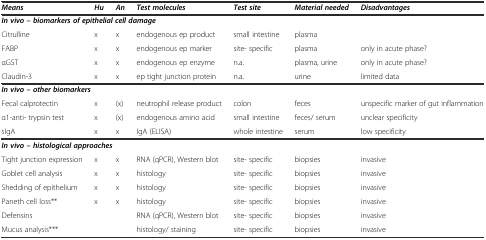
<table><thead><tr><td><b><i>Means</i></b></td><td><b><i>Hu</i></b></td><td><b><i>An</i></b></td><td><b><i>Test molecules</i></b></td><td><b><i>Test site</i></b></td><td><b><i>Material needed</i></b></td><td><b><i>Disadvantages</i></b></td></tr></thead><tbody><tr><td colspan="7"><b><i>In vivo – biomarkers of epithelial cell damage</i></b></td></tr><tr><td>Citrulline</td><td>x</td><td>x</td><td>endogenous ep product</td><td>small intestine</td><td>plasma</td><td></td></tr><tr><td>FABP</td><td>x</td><td>x</td><td>endogenous ep marker</td><td>site- specific</td><td>plasma</td><td>only in acute phase?</td></tr><tr><td>αGST</td><td>x</td><td>x</td><td>endogenous ep enzyme</td><td>n.a.</td><td>plasma, urine</td><td>only in acute phase?</td></tr><tr><td>Claudin-3</td><td>x</td><td>x</td><td>ep tight junction protein</td><td>n.a.</td><td>urine</td><td>limited data</td></tr><tr><td colspan="7"><b><i>In vivo – other biomarkers</i></b></td></tr><tr><td>Fecal calprotectin</td><td>x</td><td>(x)</td><td>neutrophil release product</td><td>colon</td><td>feces</td><td>unspecific marker of gut inflammation</td></tr><tr><td>α1-anti- trypsin test</td><td>x</td><td>(x)</td><td>endogenous amino acid</td><td>small intestine</td><td>feces/ serum</td><td>unclear specificity</td></tr><tr><td>sIgA</td><td>x</td><td>x</td><td>IgA (ELISA)</td><td>whole intestine</td><td>serum</td><td>low specificity</td></tr><tr><td colspan="7"><b><i>In vivo – histological approaches</i></b></td></tr><tr><td>Tight junction expression</td><td>x</td><td>x</td><td>RNA (qPCR), Western blot</td><td>site- specific</td><td>biopsies</td><td>invasive</td></tr><tr><td>Goblet cell analysis</td><td>x</td><td>x</td><td>histology</td><td>site- specific</td><td>biopsies</td><td>invasive</td></tr><tr><td>Shedding of epithelium</td><td>x</td><td>x</td><td>histology</td><td>site- specific</td><td>biopsies</td><td>invasive</td></tr><tr><td>Paneth cell loss**</td><td>x</td><td>x</td><td>histology</td><td>site- specific</td><td>biopsies</td><td>invasive</td></tr><tr><td>Defensins</td><td></td><td></td><td>RNA (qPCR), Western blot</td><td>site- specific</td><td>biopsies</td><td>invasive</td></tr><tr><td>Mucus analysis***</td><td></td><td></td><td>histology/ staining</td><td>site- specific</td><td>biopsies</td><td>invasive</td></tr></tbody></table>